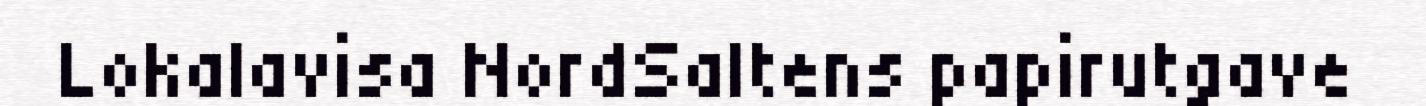
Lokalavisa NordSaltens papirutgave